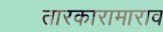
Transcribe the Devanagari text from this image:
तारकारामाराव